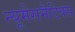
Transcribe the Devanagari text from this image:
न्यूमेसमैटिक्स